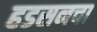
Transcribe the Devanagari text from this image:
हडसनचा